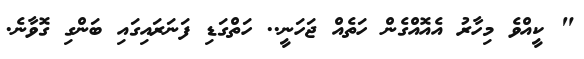
" ކީއްވެ މިހާރު އެއޮއްގެން ހަތެއް ޖަހަނީ.. ހަތްގަޑި ފަނަރައިގައި ބަންގި ގޮވާނެ.